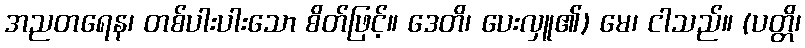
အညတရေန၊ တစ်ပါးပါးသော စိတ်ဖြင့်။ ဒေတိ၊ ပေးလှူ၏) မေ၊ ငါသည်။ (ပတ္တိ၊